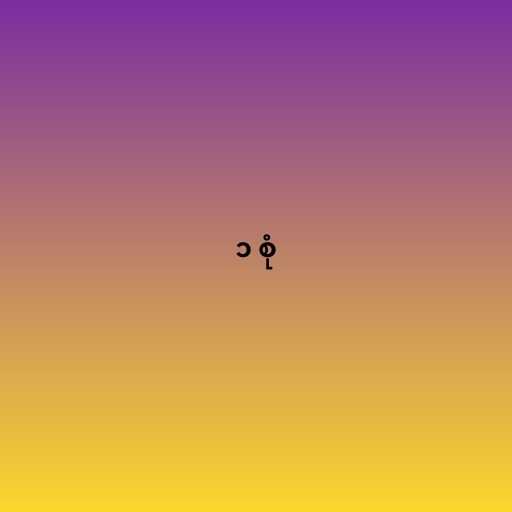
၁ စုံ